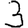
Digit: 3